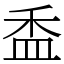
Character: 盉